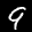
Label: 9